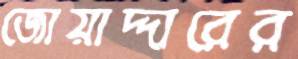
জোয়াদ্দারের